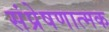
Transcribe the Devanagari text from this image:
संप्रेषणात्मक